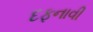
દફનાવી